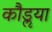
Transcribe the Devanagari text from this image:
कौडॢया